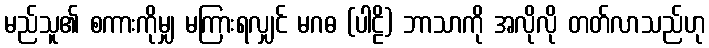
မည်သူ၏ စကားကိုမျှ မကြားရလျှင် မဂဓ (ပါဠိ) ဘာသာကို အလိုလို တတ်လာသည်ဟု